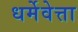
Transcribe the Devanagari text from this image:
धर्मेवेत्ता